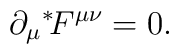
\partial_\mu {}^*\!F^{\mu\nu} = 0.